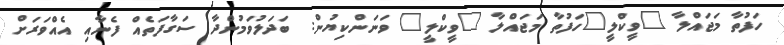
ހަފުތާ މަޖައްލާ "ވީކްލީ"ހަފުތާ މަޖައްލާ "ވީކްލީ" ވަނަންކިޔުން: ބަދަލުވަމުންދާ ސަގާފަތެއް ފެނާއި އެއްވަރަށް